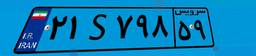
۲۱S۷۹۸۵۹